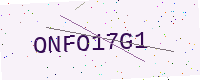
Text: ONFO17G1